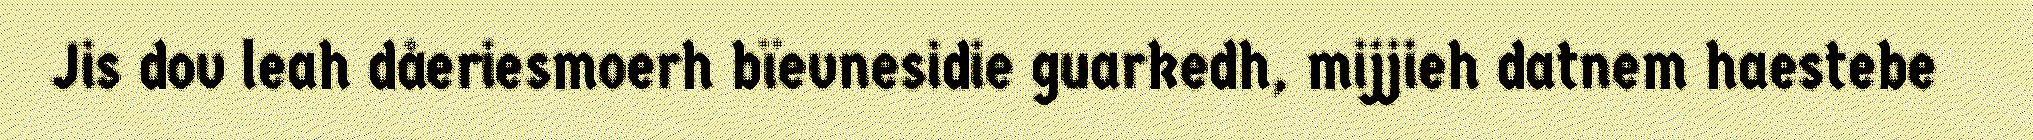
Jis dov leah dåeriesmoerh bïevnesidie guarkedh, mijjieh datnem haestebe